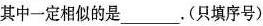
其中一定相似的是___. (只填序号)